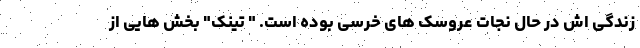
زندگی اش در حال نجات عروسک های خرسی بوده است. " تینک" بخش هایی از